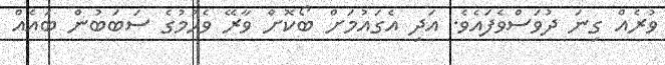
ވުރެއް ގިނަ ދުވަސްވެފައެވެ. އަދި އެގައުމަށް ބޯކޮށް ވާރޭ ވެހުމުގެ ސަބަބުން ބައެއް